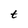
Character: t